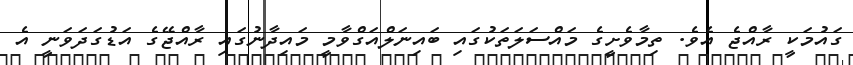
ގައުމަކީ ރާއްޖެ އެވެ. ތިމާވެށީގެ މައްސަލަތަކުގައި ބައިނަލްއަގްވާމީ މައިދާނުގައި ރާއްޖޭގެ އަޑުގަދަވަނީ އެ